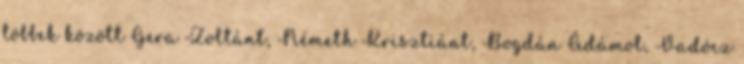
többek között Gera Zoltánt, Németh Krisztiánt, Bogdán Ádámot, Vadócz